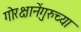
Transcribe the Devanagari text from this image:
गोरक्षानेंगुरुच्या